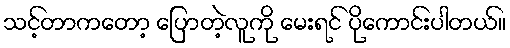
သင့်တာကတော့ ပြောတဲ့လူကို မေးရင် ပိုကောင်းပါတယ်။